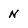
Character: N